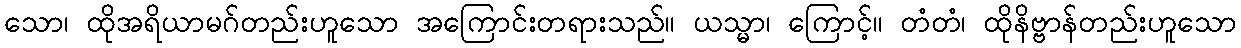
သော၊ ထိုအရိယာမဂ်တည်းဟူသော အကြောင်းတရားသည်။ ယသ္မာ၊ ကြောင့်။ တံတံ၊ ထိုနိဗ္ဗာန်တည်းဟူသော